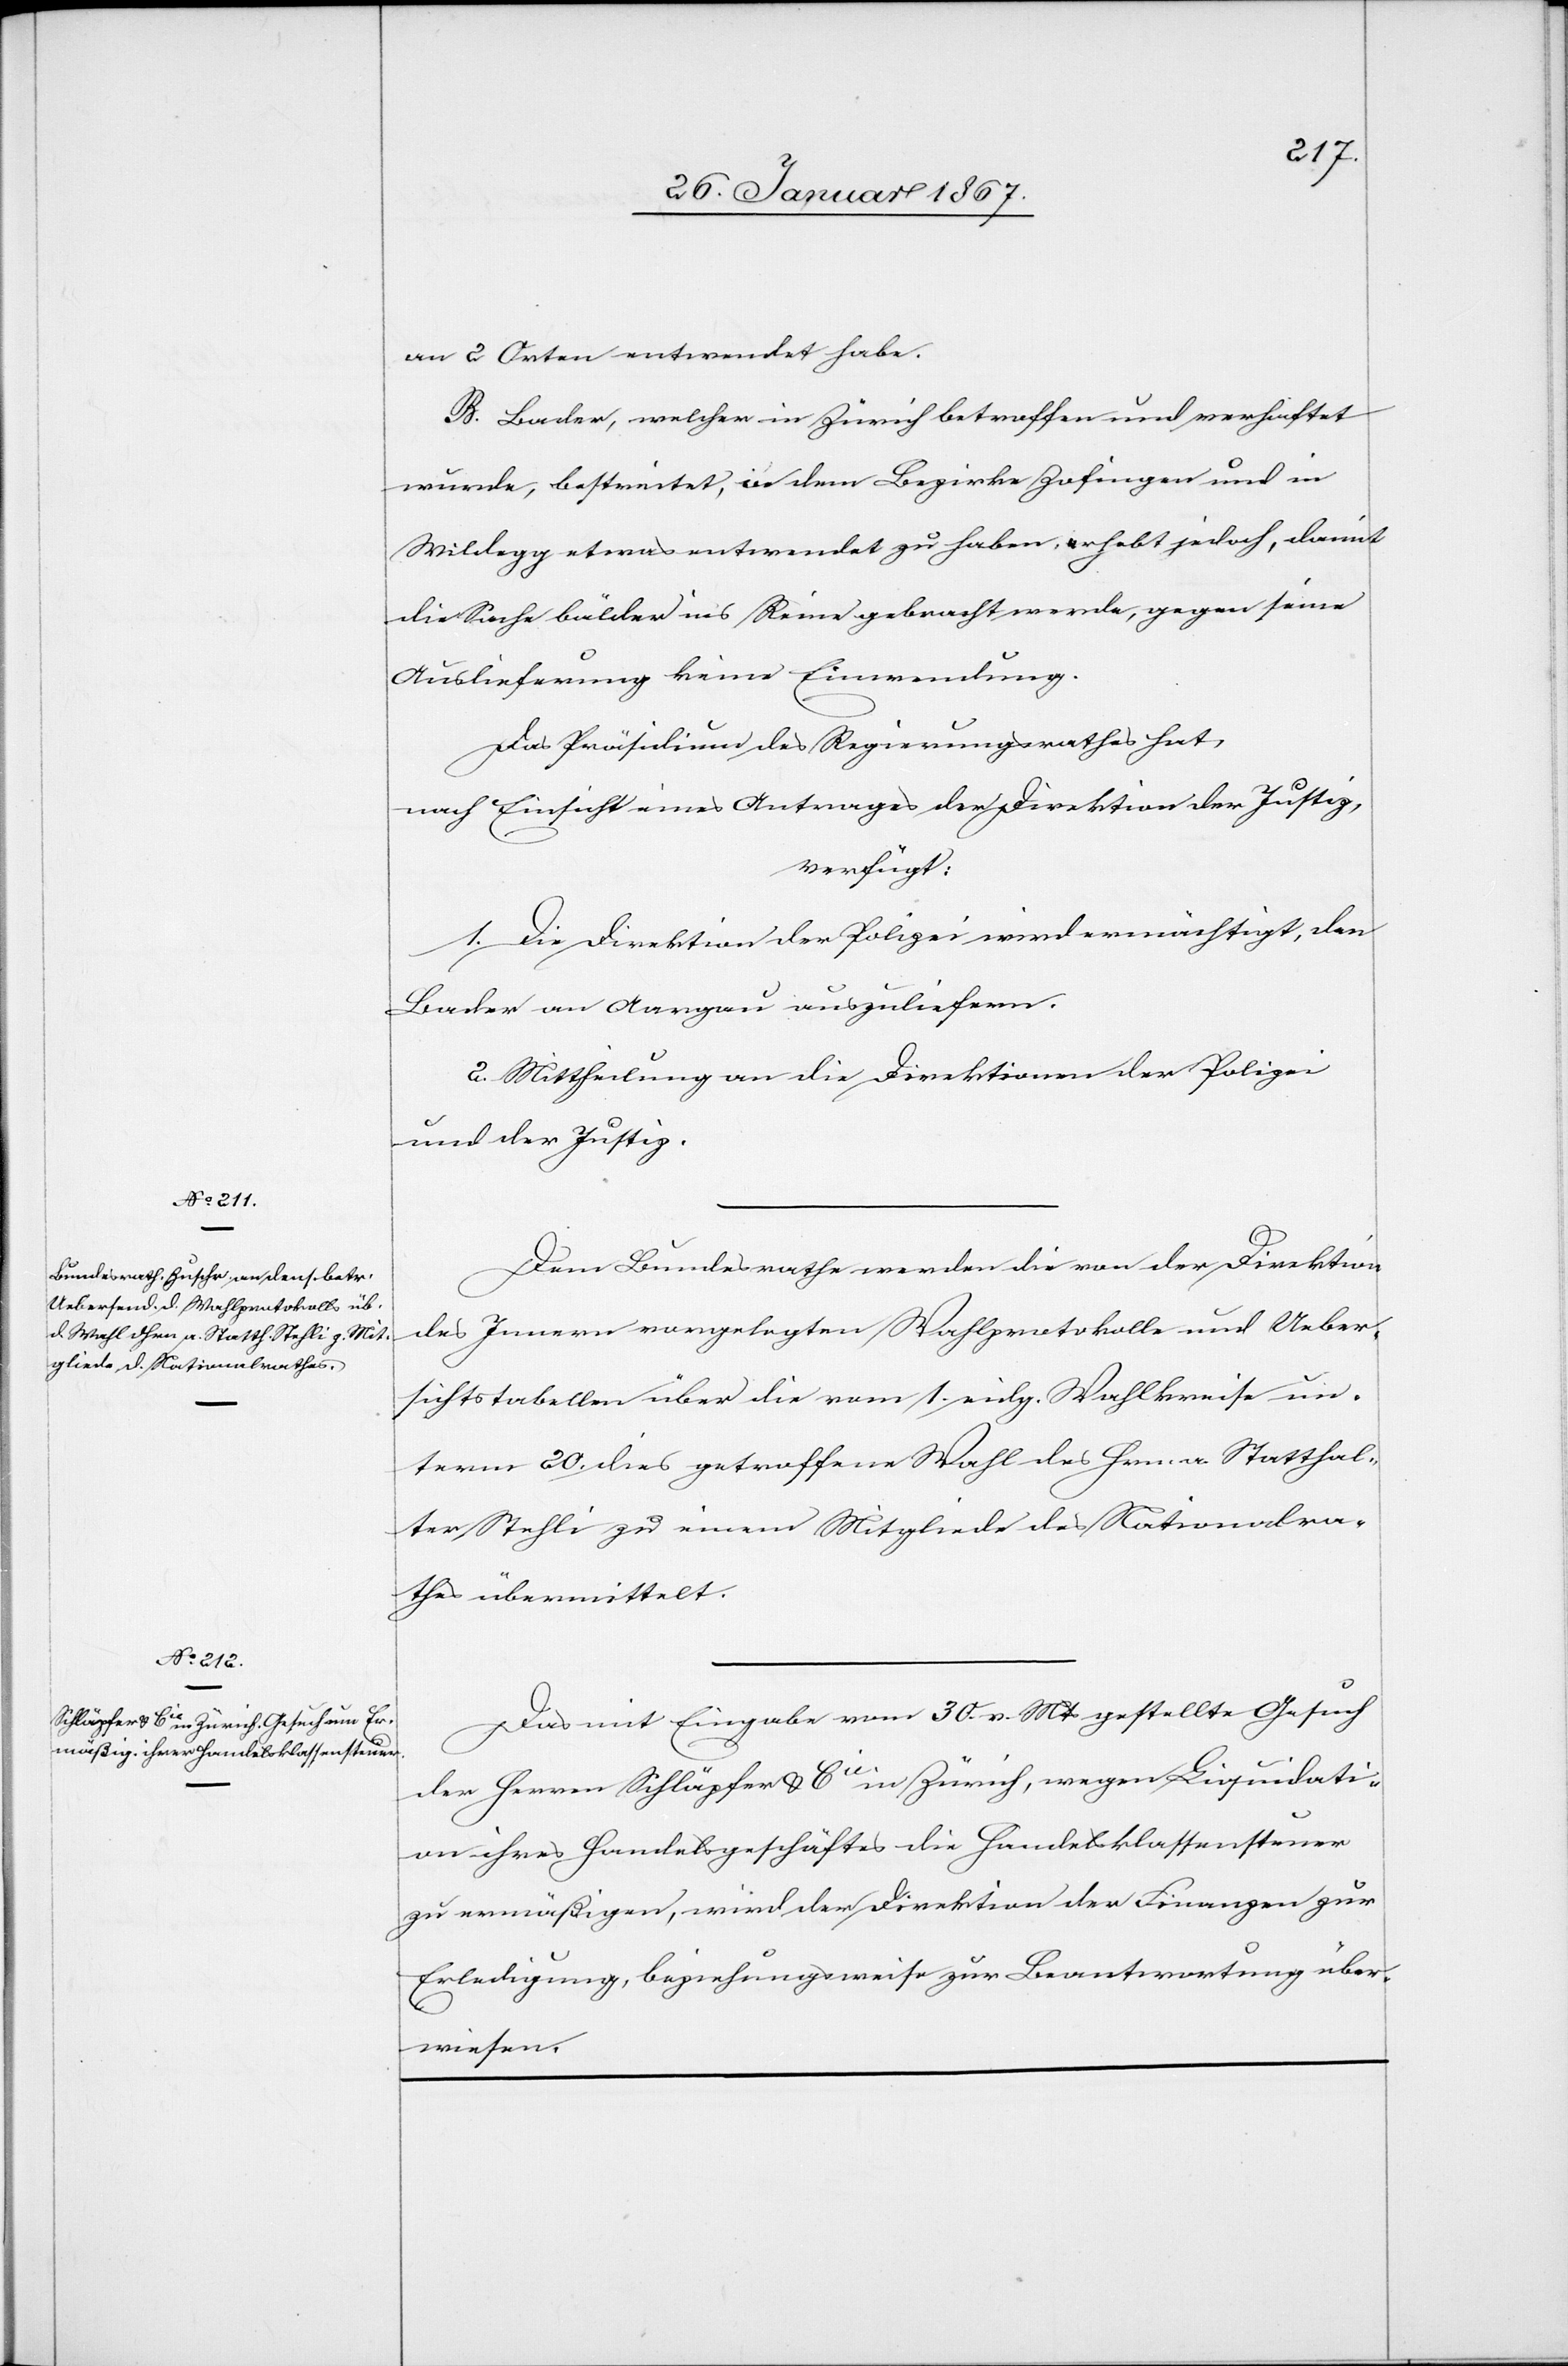
1867.]
an 2 Orten entwendet habe.
B. Bader, welcher in Zürich betroffen und verhaftet
wurde, bestreite, in dem Bezirke Zofingen und in
Wildegg etwas entwendet zu haben, erhebt jedoch, damit
die Sache bälder ins Reine gebracht werde, gegen seine
Auslieferung keine Einwendung.
Das Präsidium des Regierungsrathes hat,
nach Einsicht eines Antrages der Direktion der Justiz,
verfügt:
1. Die Direktion der Polizei wird ermächtigt, den
Bader an Aargau auszuliefern.
2. Mittheilung an die Direktionen der Polizei
und der Justiz.
Dem Bundesrath werden die von der Direktion
Februar
des Innern vorgelegten Wahlprotokolle und Ueber¬
sichtstabellen über die vom 1. eidg. Wahlkreise un¬
term 20. dies getroffene Wahl des Hrn. a. Statthal¬
ter Stehli zu einem Mitgliede des Nationalra¬
thes übermittelt.
Das mit Eingabe vom 30. v Mts gestellte Gesuch
der Herren Schläpfer & Cie in Zürich, wegen Liquidati¬
on ihres Handelsgeschäftes die Handelsklassensteuer
zu ermäßigen, wird der Direktion der Finanzen zur
Erledigung, beziehungsweise zur Beantwortung über¬
wiesen.